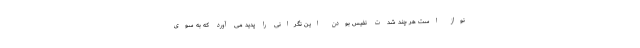
نواز است هر چند شدت نفیس بودن این نگرانی را پدید می آورد که به سوی